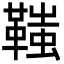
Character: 䩶